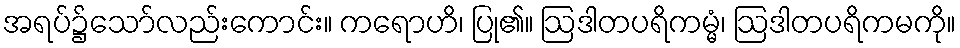
အရပ်၌သော်လည်းကောင်း။ ကရောဟိ၊ ပြု၏။ ဩဒါတပရိကမ္မံ၊ ဩဒါတပရိကမကို။